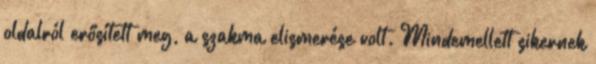
oldalról erősített meg, a szakma elismerése volt. Mindemellett sikernek